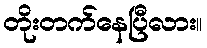
တိုးတက်နေပြီလား။